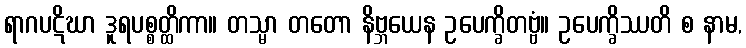
ရာဂပဋိဃာ ဒူရပစ္စတ္ထိကာ။ တသ္မာ တတော နိဗ္ဘယေန ဥပေက္ခိတဗ္ဗံ။ ဥပေက္ခိဿတိ စ နာမ,